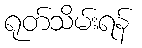
ရုတ်သိမ်းရန်